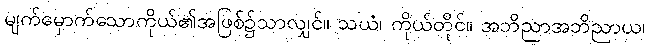
မျက်မှောက်သောကိုယ်၏အဖြစ်၌သာလျှင်။ သယံ၊ ကိုယ်တိုင်။ အဘိညာအဘိညာယ၊